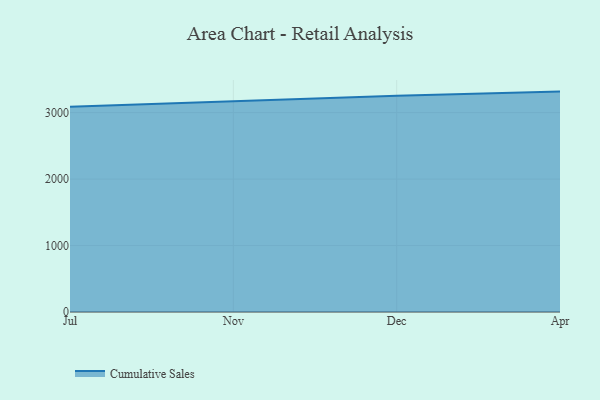
{"axis": {"x": "Month", "y": "LTV (USD)"}, "legend": ["Cumulative Sales"], "data": [{"x": "Jul", "y": 3089.7, "type": "Cumulative Sales"}, {"x": "Nov", "y": 3170.2, "type": "Cumulative Sales"}, {"x": "Dec", "y": 3254.4, "type": "Cumulative Sales"}, {"x": "Apr", "y": 3316.2, "type": "Cumulative Sales"}]}